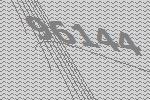
96144